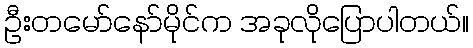
ဦးတမော်နော်မိုင်က အခုလိုပြောပါတယ်။